Indian journal of veterinary science and animal husbandry - Volumes 22-23, 1952-1953
Year: 1952
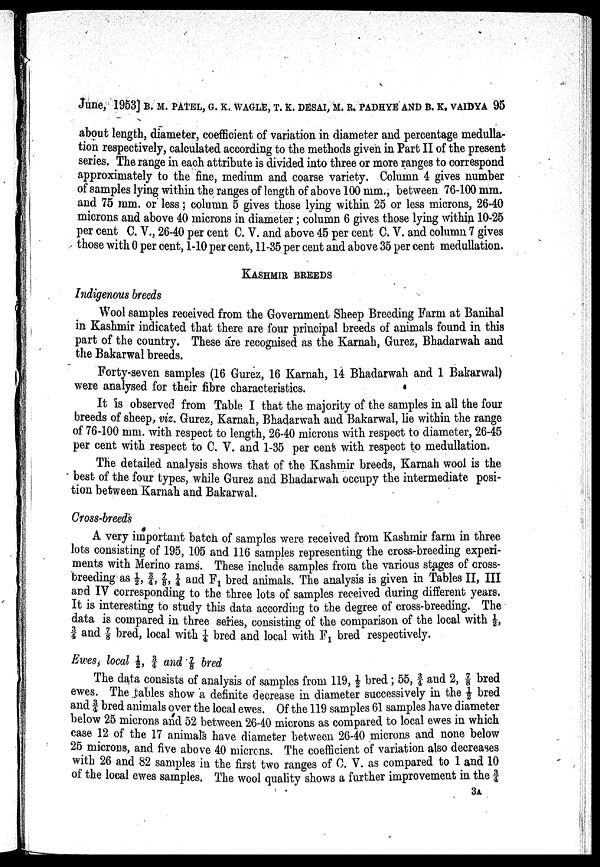
June, 1953] B. M. PATEL, G. K. WAGLE, T. K. DESAI, M. R. PADHYE AND B. K. VAIDYA 95
about length, diameter, coefficient of variation in diameter and percentage medulla
tion respectively, calculated according to the methods given in Part II of the present
series. The range in each attribute is divided into three or more ranges to correspond
approximately to the fine, medium and coarse variety. Column 4 gives number
of samples lying within the ranges of length of above 100 mm., between 76-100 mm.
and 75 mm. or less ; 5 column 5 gives those lying within 25 or less microns, 26-40
microns and above 40 microns in diameter ; column 6 gives those lying within 10-25
per cent C. V., 26-40 per cent C. V. and above 45 per cent C. V. and column 7 gives
those with 0 per cent, 1-10 per cent, 11-35 per cent and above 35 per cent medullation.
KASHMIR BREEDS
Indigenous breeds
Wool samples received from the Government Sheep Breeding Farm at Banihal
in Kashmir indicated that there are four principal breeds of animals found in this
part of the country. These are recognised as the Karnah, Gurez, Bhadarwah and
the Bakarwal breeds.
Forty-seven samples (16 Gurez, 16 Karnah, 14 Bhadarwah and 1 Bakarwal)
were analysed for their fibre characteristics.
It is observed from Table I that the majority of the samples in all the four
breeds of sheep, viz. Gurez, Karnah, Bhadarwah and Bakarwal, lie within the range
of 76-100 mm. with respect to length, 26-40 microns with respect to diameter, 26-45
per cent with respect to C. V. and 1-35 per cent with respect to medullation.
The detailed analysis shows that of the Kashmir breeds, Karnah wool is the
• best of the four types, while Gurez and Bhadarwah occupy the intermediate posi
tion between Karnah and Bakarwal.
Cross-breeds
A very important batch of samples were received from Kashmir farm in three
lots consisting of 195, 105 and 116 samples representing the cross-breeding experi
ments with Merino rams. These include samples from the various stages of cross
breeding as ½, 3 / 4 , ⅞, ¼ and F 1 bred animals. The analysis is given in Tables II, III
and IV corresponding to the three lots of samples received during different years.
It is interesting to study this data according to the degree of cross-breeding. The
data is compared in three series, consisting of the comparison of the local with ½,
3 / 4 and ⅞ bred, local with ¼ bred and local with F 1 bred respectively.
Ewes, local ½, 3 / 4 and ⅞ bred
The data consists of analysis of samples from 119, ½ bred; 55, 3 / 4 and 2, ⅞ bred
ewes. The tables show a definite decrease in diameter successively in the ½ bred
and 3 / 4 bred animals over the local ewes. Of the 119 samples 61 samples have diameter
below 25 microns and 52 between 26-40 microns as compared to local ewes in which
case 12 of the 17 animals have diameter between 26-40 microns and none below
25 microus, and five above 40 microns. The coefficient of variation also decreases
with 26 and 82 samples in the first two ranges of C. V. as compared to 1 and 10
of the local ewes samples. The wool quality shows a further improvement in the 3 / 4
3A